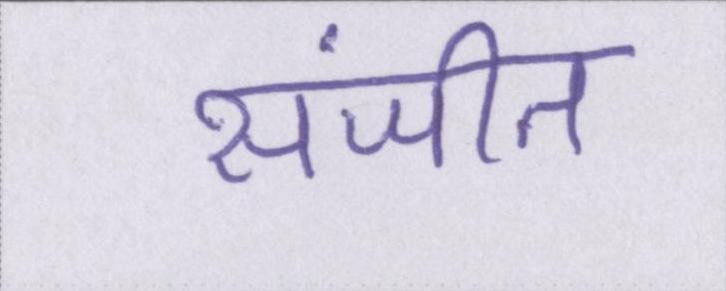
संजीत